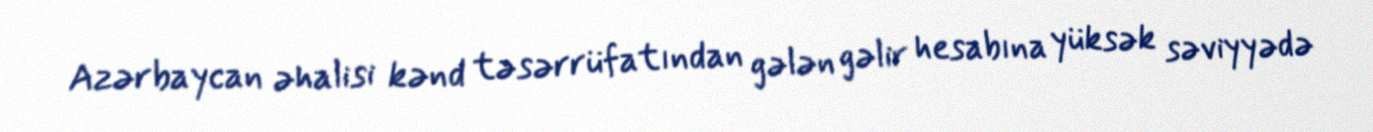
Azərbaycan əhalisi kənd təsərrüfatından gələn gəlir hesabına yüksək səviyyədə